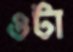
ওটা